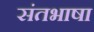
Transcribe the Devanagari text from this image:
संतभाषा